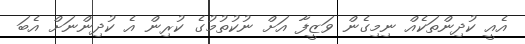
އެއީ ކުދިންތަކެއް ނިމިގެން ވަޒީފާ އަށް ނުކުތުމުގެ ކުރިން އެ ކުދިންނަށް އެބަ